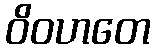
ဝိဝဟတေ